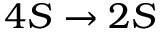
4 S \rightarrow 2 S